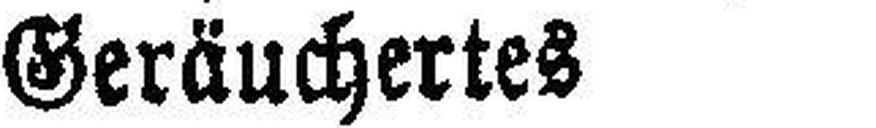
Geräuchertes